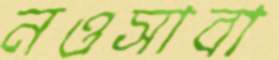
নওসাবা